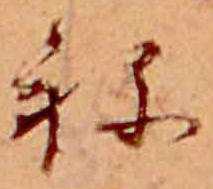
ね